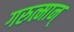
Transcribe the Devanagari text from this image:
गरुत्मान्